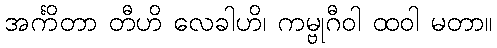
အင်္ကိတာ တီဟိ လေခါဟိ၊ ကမ္ဗုဂီဝါ ထဝါ မတာ။